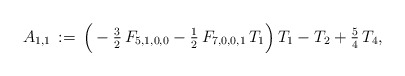
\begin{align*}A_{1,1}\,:=\,\Big(-\tfrac{3}{2}\,F_{5,1,0,0}-\tfrac{1}{2}\,F_{7,0,0,1}\,T_1\Big)\,T_1-T_2+\tfrac{5}{4}\,T_4,\end{align*}